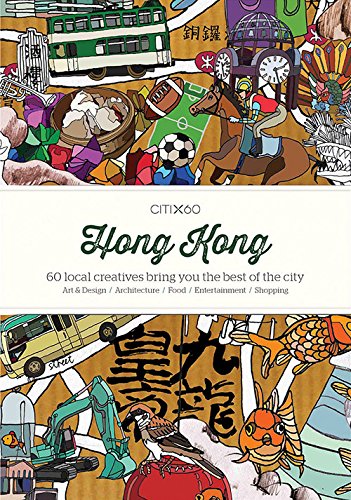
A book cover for Citix60 - Hong Kong: 60 Creatives Show You the Best of the City; Viction Ary; Travel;